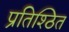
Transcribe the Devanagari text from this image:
प्रतिश्ठित